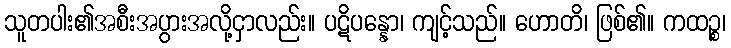
သူတပါး၏အစီးအပွားအလို့ငှာလည်း။ ပဋိပန္နော၊ ကျင့်သည်။ ဟောတိ၊ ဖြစ်၏။ ကထဉ္စ၊